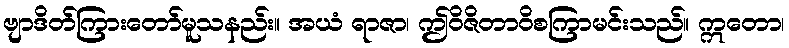
ဗျာဒိတ်ကြားတော်မူသနည်း။ အယံ ရာဇာ၊ ဤဝိဇိတာဝိစကြာမင်းသည်။ ဣတော၊